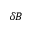
\delta \boldsymbol { B }